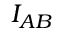
{ { I } _ { A B } }